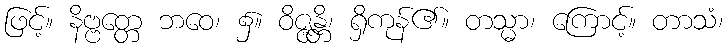
ဖြင့်။ နိဗ္ဗတ္တေ ဘဝေ၊ ၌။ ဝိဇ္ဇန္တိ၊ ရှိကုန်၏။ တသ္မာ၊ ကြောင့်။ တာသံ၊